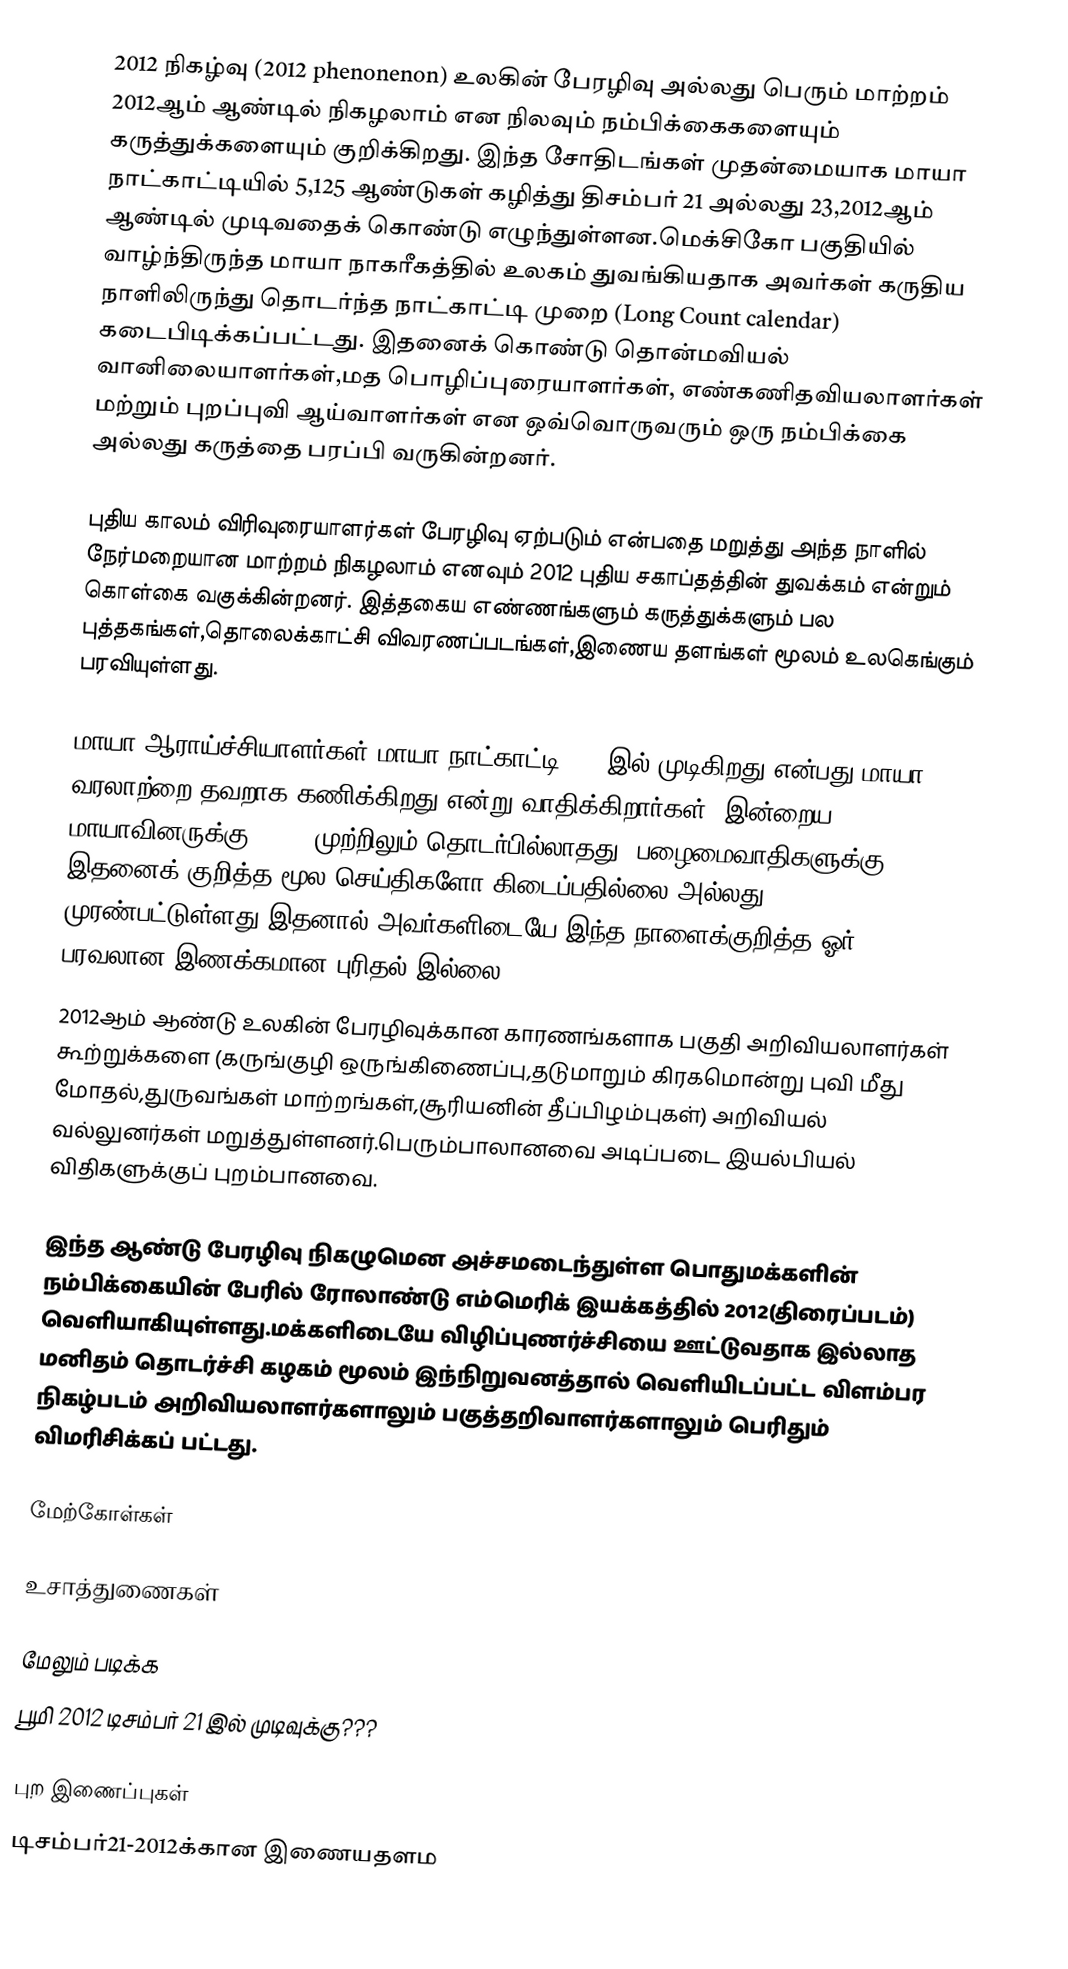
2012 நிகழ்வு (2012 phenonenon) உலகின் பேரழிவு அல்லது பெரும் மாற்றம் 2012ஆம் ஆண்டில் நிகழலாம் என நிலவும் நம்பிக்கைகளையும் கருத்துக்களையும் குறிக்கிறது. இந்த சோதிடங்கள் முதன்மையாக மாயா நாட்காட்டியில் 5,125 ஆண்டுகள் கழித்து திசம்பர் 21 அல்லது 23,2012ஆம் ஆண்டில் முடிவதைக் கொண்டு எழுந்துள்ளன.மெக்சிகோ பகுதியில் வாழ்ந்திருந்த மாயா நாகரீகத்தில் உலகம் துவங்கியதாக அவர்கள் கருதிய நாளிலிருந்து தொடர்ந்த நாட்காட்டி முறை (Long Count calendar) கடைபிடிக்கப்பட்டது.  இதனைக் கொண்டு தொன்மவியல் வானிலையாளர்கள்,மத பொழிப்புரையாளர்கள், எண்கணிதவியலாளர்கள் மற்றும் புறப்புவி ஆய்வாளர்கள் என ஒவ்வொருவரும் ஒரு நம்பிக்கை அல்லது கருத்தை பரப்பி  வருகின்றனர்.

புதிய காலம் விரிவுரையாளர்கள் பேரழிவு ஏற்படும் என்பதை மறுத்து அந்த நாளில் நேர்மறையான மாற்றம் நிகழலாம் எனவும் 2012 புதிய சகாப்தத்தின் துவக்கம் என்றும் கொள்கை வகுக்கின்றனர். இத்தகைய எண்ணங்களும் கருத்துக்களும் பல புத்தகங்கள்,தொலைக்காட்சி விவரணப்படங்கள்,இணைய தளங்கள் மூலம் உலகெங்கும் பரவியுள்ளது.

மாயா ஆராய்ச்சியாளர்கள் மாயா நாட்காட்டி 2012இல் முடிகிறது என்பது மாயா வரலாற்றை தவறாக கணிக்கிறது என்று வாதிக்கிறார்கள். இன்றைய மாயாவினருக்கு, 2012 முற்றிலும் தொடர்பில்லாதது, பழைமைவாதிகளுக்கு இதனைக் குறித்த மூல செய்திகளோ கிடைப்பதில்லை அல்லது முரண்பட்டுள்ளது.இதனால் அவர்களிடையே இந்த நாளைக்குறித்த ஓர் பரவலான இணக்கமான புரிதல் இல்லை.
2012ஆம் ஆண்டு உலகின் பேரழிவுக்கான காரணங்களாக பகுதி அறிவியலாளர்கள் கூற்றுக்களை (கருங்குழி ஒருங்கிணைப்பு,தடுமாறும் கிரகமொன்று புவி மீது மோதல்,துருவங்கள் மாற்றங்கள்,சூரியனின் தீப்பிழம்புகள்) அறிவியல் வல்லுனர்கள் மறுத்துள்ளனர்.பெரும்பாலானவை அடிப்படை இயல்பியல் விதிகளுக்குப் புறம்பானவை.

இந்த ஆண்டு பேரழிவு நிகழுமென அச்சமடைந்துள்ள பொதுமக்களின் நம்பிக்கையின் பேரில் ரோலாண்டு எம்மெரிக் இயக்கத்தில் 2012(திரைப்படம்) வெளியாகியுள்ளது.மக்களிடையே விழிப்புணர்ச்சியை ஊட்டுவதாக இல்லாத மனிதம் தொடர்ச்சி கழகம் மூலம் இந்நிறுவனத்தால் வெளியிடப்பட்ட விளம்பர நிகழ்படம் அறிவியலாளர்களாலும் பகுத்தறிவாளர்களாலும் பெரிதும் விமரிசிக்கப் பட்டது.

மேற்கோள்கள்

உசாத்துணைகள்

மேலும் படிக்க
 பூமி 2012 டிசம்பர் 21 இல் முடிவுக்கு???

புற இணைப்புகள்
 டிசம்பர்21-2012க்கான இணையதளம